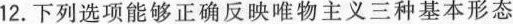
12.下列选项能够正确反映唯物主义三种基本形态